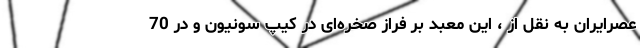
عصرایران به نقل از ، این معبد بر فراز صخره‌ای در کیپ سونیون و در 70